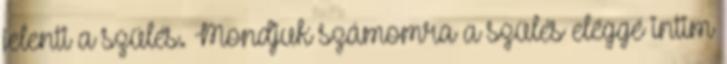
jelenti a szülés. Mondjuk számomra a szülés eléggé intim